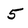
Character: 5